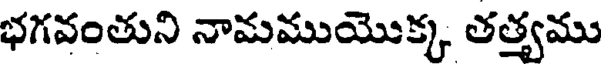
భగవంతుని నామముయొక్క తత్త్వము